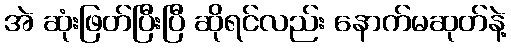
အဲ ဆုံးဖြတ်ပြီးပြီ ဆိုရင်လည်း နောက်မဆုတ်နဲ့